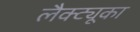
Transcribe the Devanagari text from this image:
लैक्ट्यूका